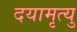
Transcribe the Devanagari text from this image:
दयामृत्यु